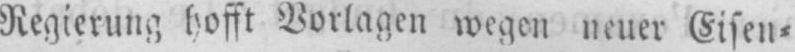
Regierung hofft Vorlagen wegen neuer Eisen⸗